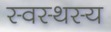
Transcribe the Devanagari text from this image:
स्वस्थस्य